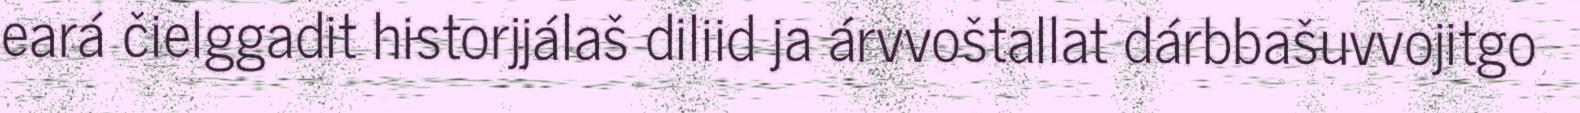
eará čielggadit historjjálaš diliid ja árvvoštallat dárbbašuvvojitgo